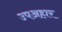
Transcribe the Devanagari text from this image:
उपअहार